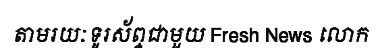
តាមរយៈទូរស័ព្ទជាមួយ Fresh News លោក